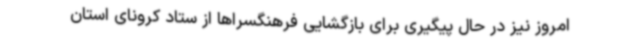
امروز نیز در حال پیگیری برای بازگشایی فرهنگسراها از ستاد کرونای استان